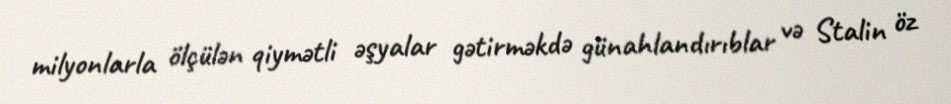
milyonlarla ölçülən qiymətli əşyalar gətirməkdə günahlandırıblar və Stalin öz